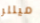
ميللر